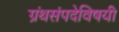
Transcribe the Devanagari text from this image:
ग्रंथसंपदेविषयी